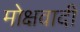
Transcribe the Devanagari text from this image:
मोक्षवादी